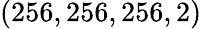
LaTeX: (256,256,256,2)